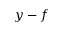
y - f